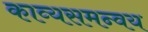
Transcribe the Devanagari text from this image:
काव्यसमन्वय